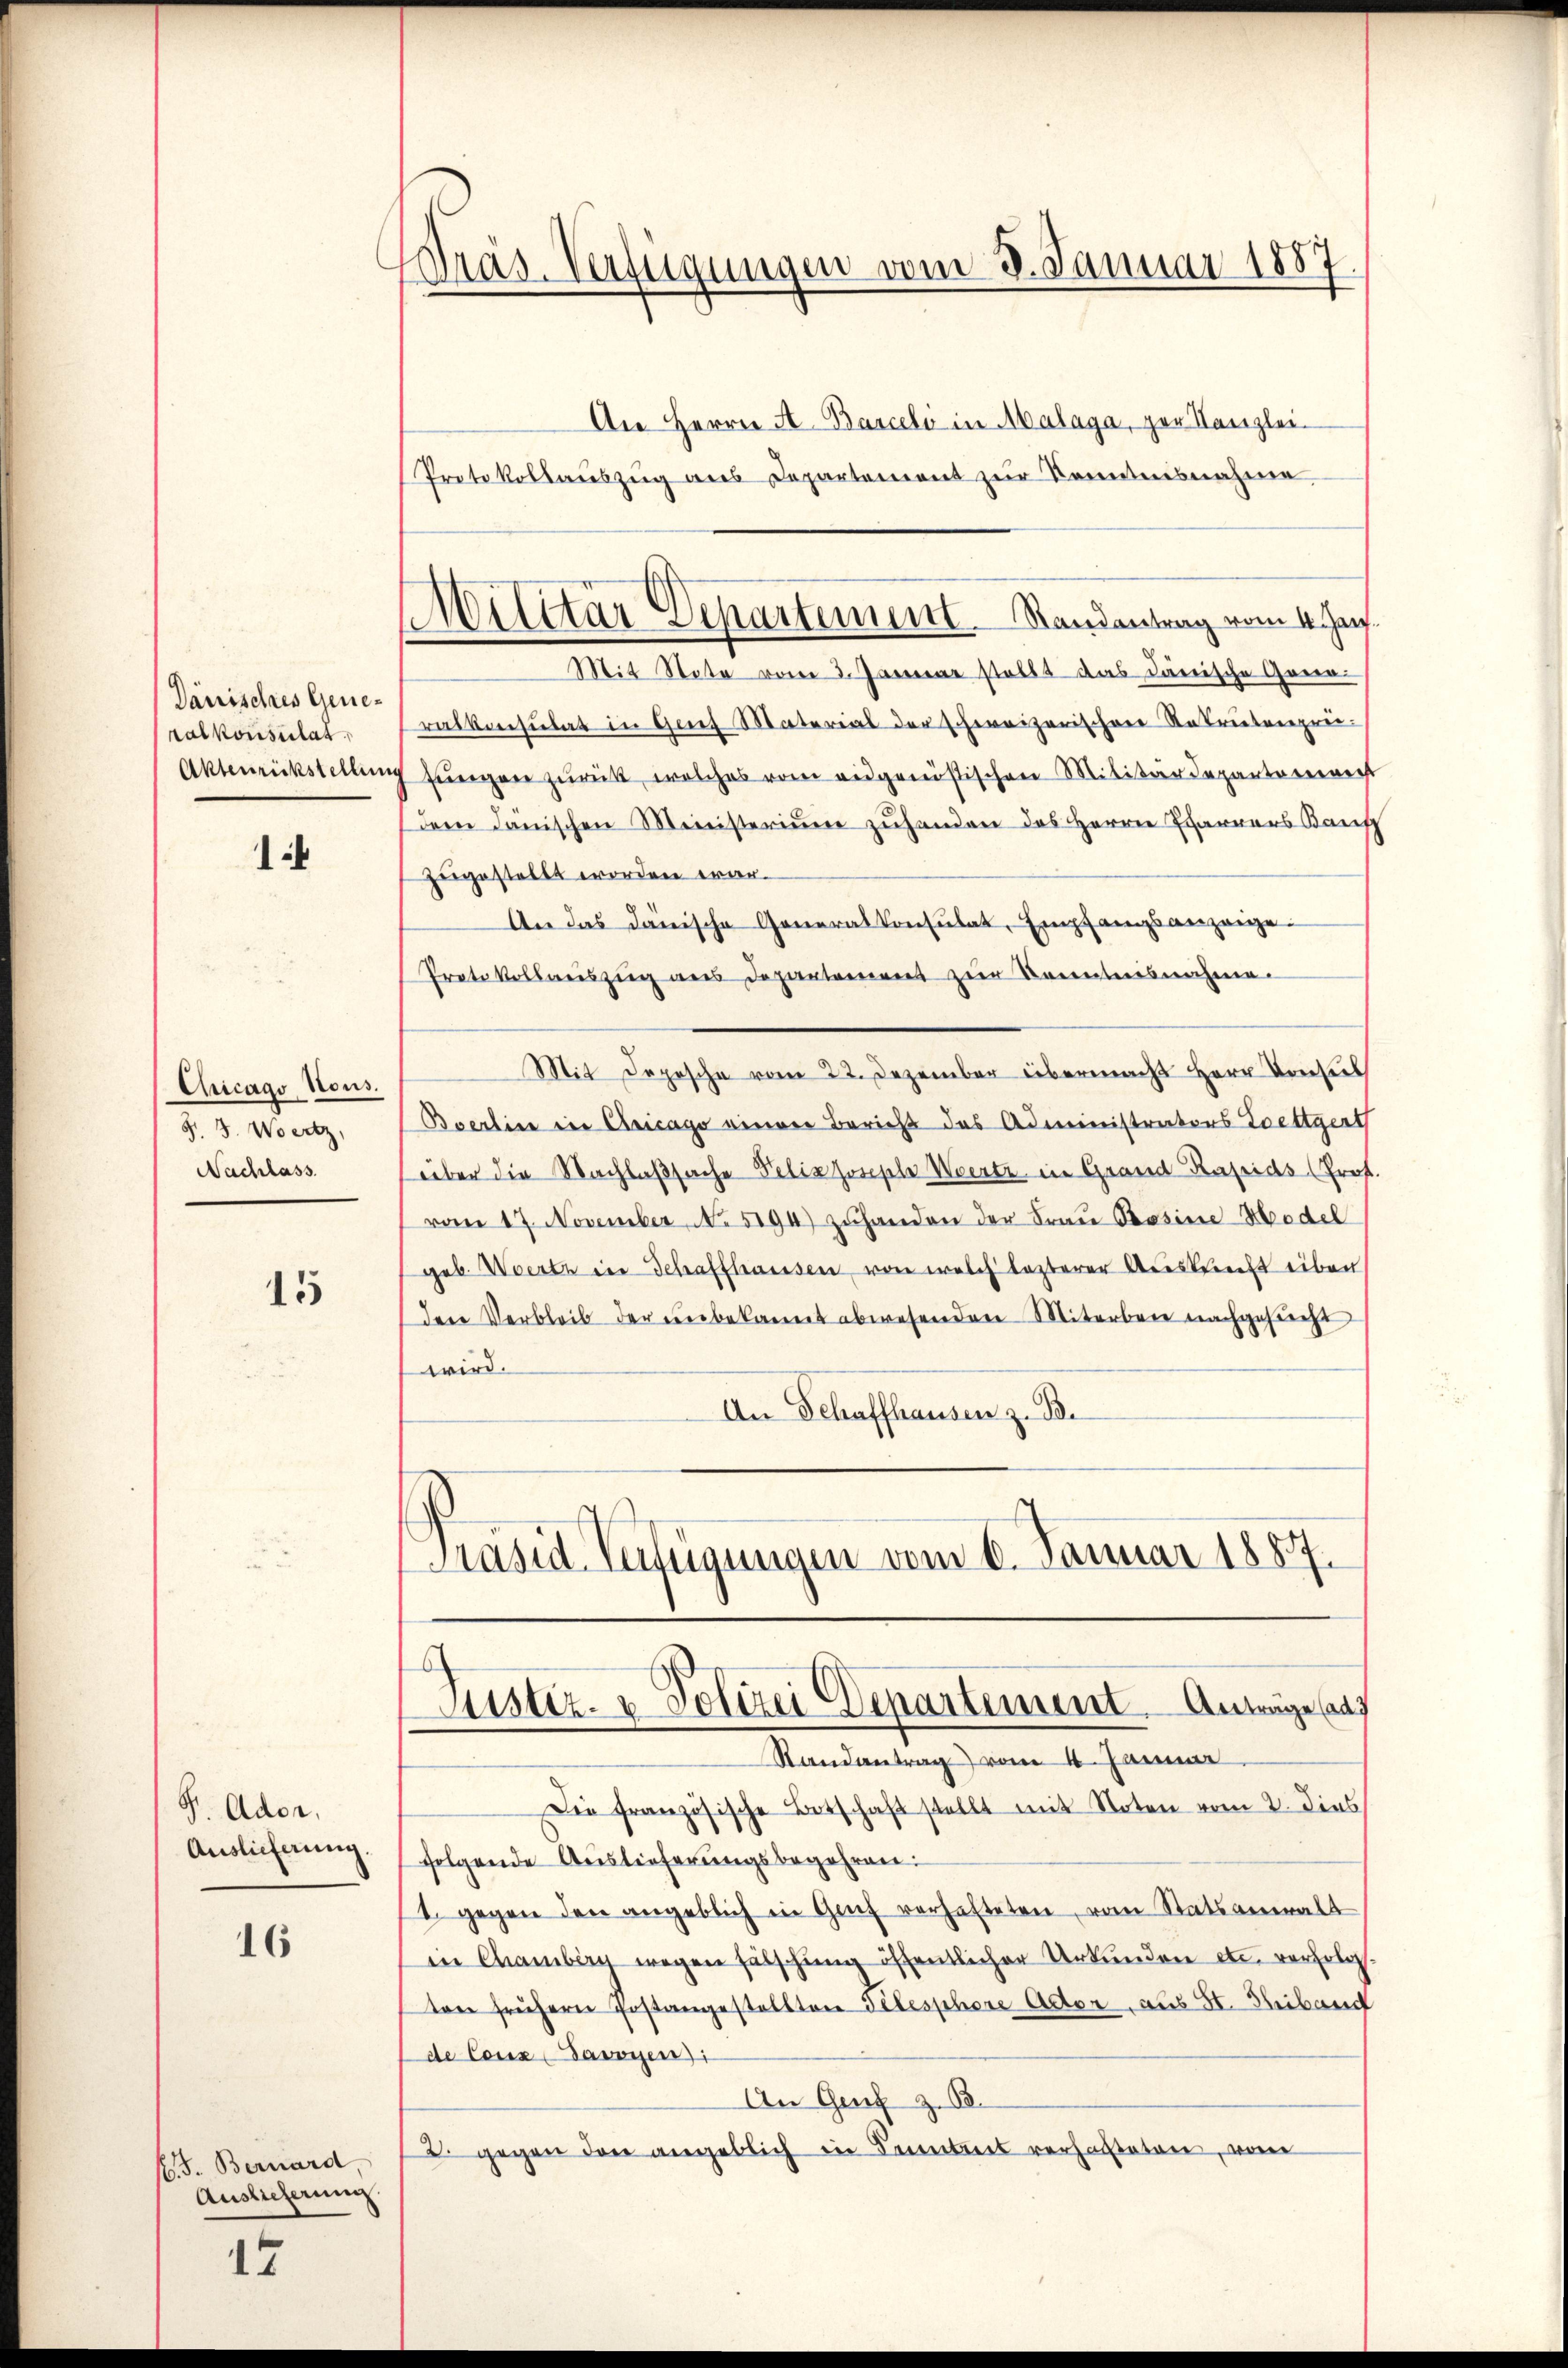
Dänisches Generalkonsulat
Aktenrückstellun

1

Chicago Nous.
J. J. Wertz,
Nachlass

15

P. Ador.
Auslieferung.

16

f. J. Bernard
Auslieferung

15

Bräs. Verfügungen vom 3. Januar 1887

Militär Departement Randantrag vom 4. Jus
Mit Note vom 2. Januar stellt das Dänische Gora-

An Herrn A. Barceli in Malaga, ger Kanzlei-
Protokollaŭszŭg ans Departement zŭr Kenntnisnahme
ralkonsulat in Grief Material der schweizerischen Rekrutenpre-
7 fŭngen zŭrück, welches vom eidgenössischen Militärdeparte verrecht
Dem Janischen Ministerium zuhanden das Herrn Pfarrers Baus
zugestellt worden war.
An das danische Generalkonsulat, Empfangsanzeige.
Protokollweiszug aus Departement zur Kenntnisnahme.
Mit Depesche vom 22. Dezember übermacht Herr Konsul
Bverlin in Chicago einger Bericht des Administrators Toettger
über die Nachlaßsache Pelia Joseph Werte in Grand Raseids Prof
vom 17. November, No. 5194) zŭhanden der Frau Rosine Model
geb. Werte in Schaffhausen von welch lezterer Auskunft eiben
dere Verbleib der unbekannt abwesenden Miterben nachgesucht
wird.
An Schaffhausen z. B.
Präsid. Verfügungen vom 6. Januar 1887.

b.
Justiz- & Polizei Departement. Anträge auf
Randantrag vom 4. Januar

Die französische Botschaft stellt mit Noten vom 2. dies
folgende Auslieferungsbegehren:
1. gegen den angeblich in Genf verhafteten, vom Statsanwalt
in Chamberg wegen Fälschung öffentlicher Urkunden etc. verfolgs.
ton frühern Postangestellten Silesphore Actor aus II. Heiband
de Conz Savoyen):
An Genf z. B.
2. gegen den angeblich in Sentiert verhalteten, von